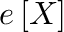
\boldsymbol { \mathscr { e } } \left[ X \right]